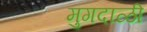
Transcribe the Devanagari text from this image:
मुगदाळी